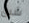
شبق